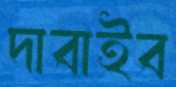
দাবাইব